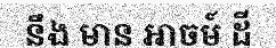
នឹង មាន អាចម៍ ដី